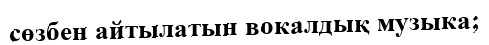
сөзбен айтылатын вокалдық музыка;